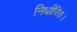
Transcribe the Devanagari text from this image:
निर्धारित।